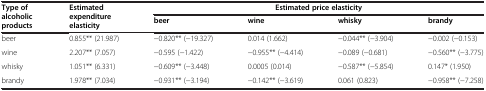
| <ROWSPAN=2> Type of alcoholic products | <ROWSPAN=2> Estimated expenditure elasticity | <COLSPAN=4> Estimated price elasticity |
 | beer | wine | whisky | brandy |
 | --- | --- | --- | --- | --- | --- |
 | beer | 0.855** (21.987) | −0.820** (−19.327) | 0.014 (1.662) | −0.044** (−3.904) | −0.002 (−0.153) |
 | wine | 2.207** (7.057) | −0.595 (−1.422) | −0.955** (−4.414) | −0.089 (−0.681) | −0.560** (−3.775) |
 | whisky | 1.051** (6.331) | −0.609** (−3.448) | 0.0005 (0.014) | −0.587** (−5.854) | 0.147* (1.950) |
 | brandy | 1.978** (7.034) | −0.931** (−3.194) | −0.142** (−3.619) | 0.061 (0.823) | −0.958** (−7.258) |